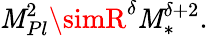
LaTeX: \mathit{M}_{Pl}^{2}\simR^{\delta}\mathit{M}_{\ast}^{\delta+2}.